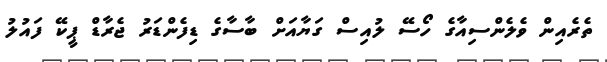
ތެރެއިން ވެލެންސިއާގެ ހޯސޭ ލުއިސް ގަޔާއަށް ބާސާގެ ޑިފެންޑަރު ޖެރާޑް ޕީކޭ ފައުލު